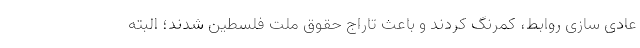
عادی سازی روابط، کمرنگ کردند و باعث تاراج حقوق ملت فلسطین شدند؛ البته